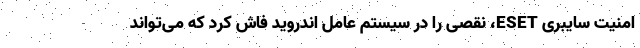
امنیت سایبری ESET، نقصی را در سیستم عامل اندروید فاش کرد که می‌تواند